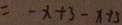
= - x + 3 - x + 5